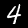
Digit: 4